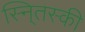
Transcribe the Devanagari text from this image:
स्नि्तस्की